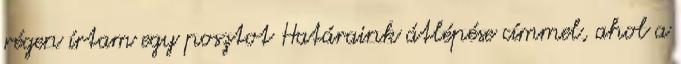
régen írtam egy posztot Határaink átlépése címmel, ahol a